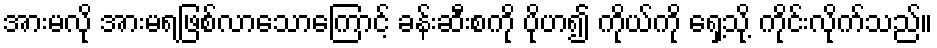
အားမလို အားမရဖြစ်လာသောကြောင့် ခန်းဆီးစကို ပိုဟ၍ ကိုယ်ကို ရှေ့သို့ ကိုင်းလိုက်သည်။